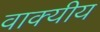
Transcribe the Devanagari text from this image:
वाक्यीय